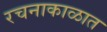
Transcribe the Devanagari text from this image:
रचनाकाळात